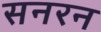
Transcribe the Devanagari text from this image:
सनरन